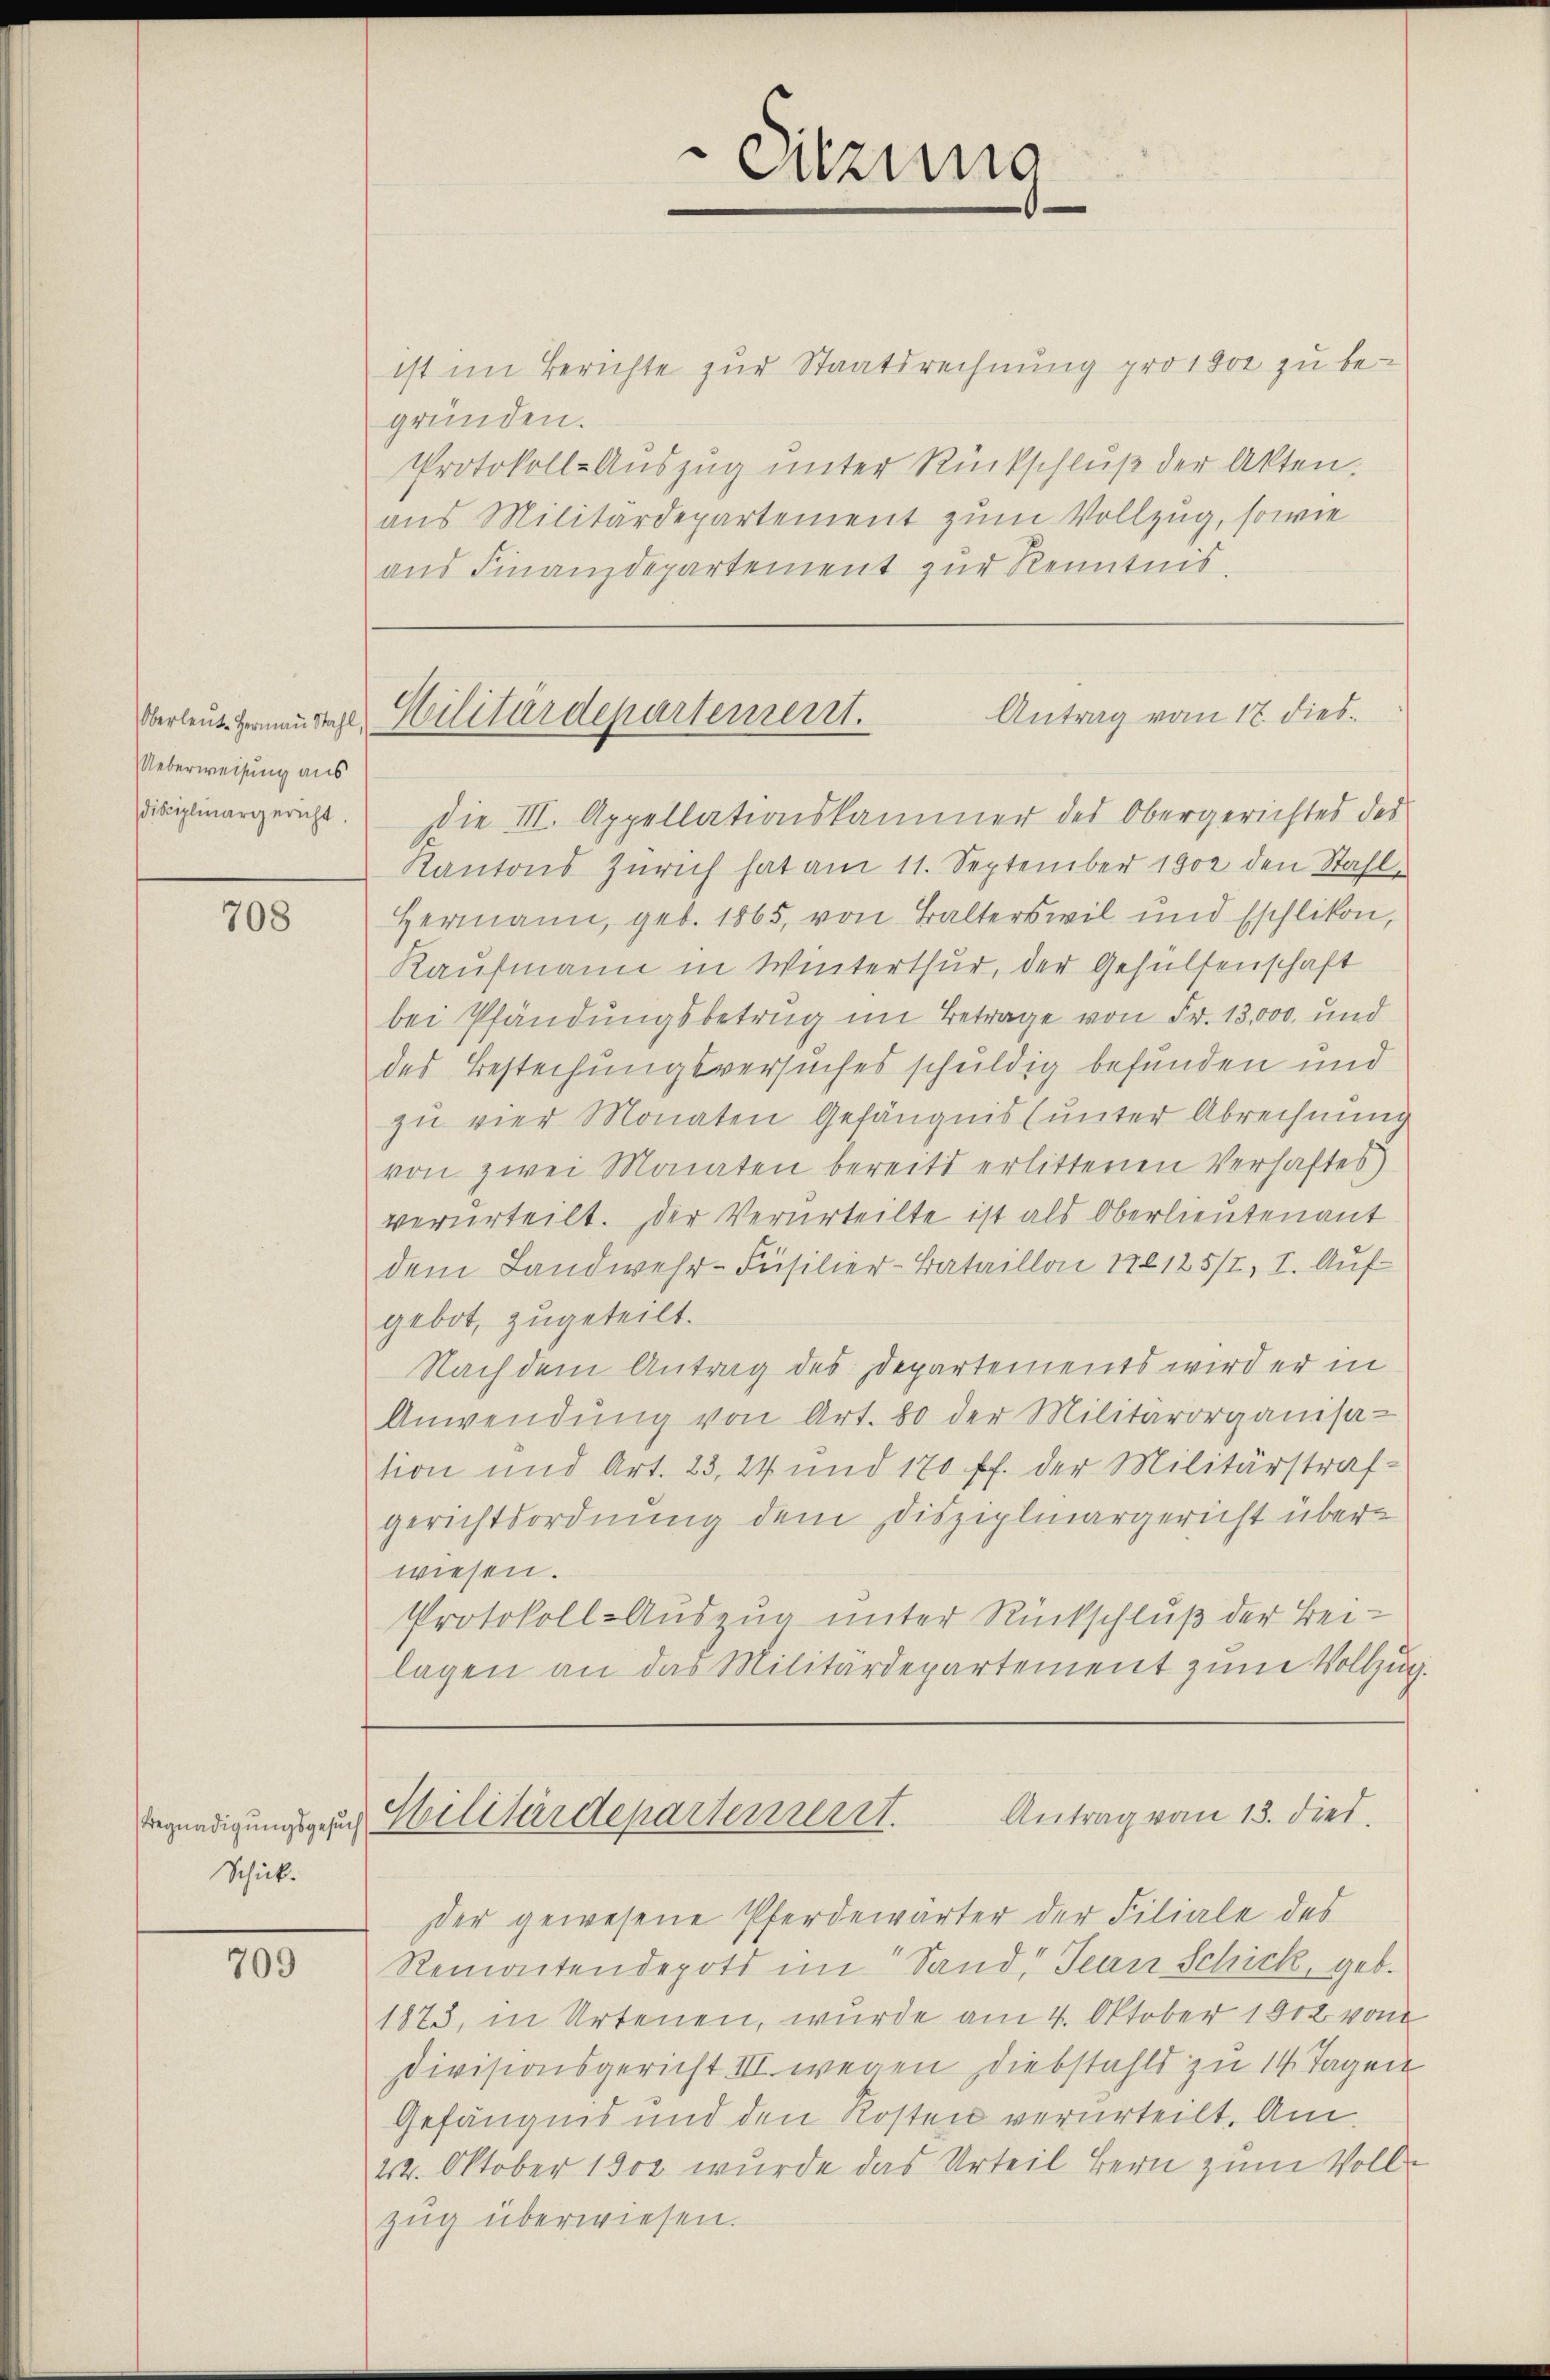
Überleute Hermann Stahl,
Ueberweisung aus
isciplinargericht.

708

Schick.

709

ist im Berichte zur Staatsrechnung prost zu begründen.
Protokoll-Auszug unter Rückschluß der Akten.
aus Militärdepartement zum Vollzug, sowie
ans Finanzdepartement zur Kenntnis.

ie III. Appellationskammer des Obergerichtes des
Kantons Zürich hat am 11. September 1902 den Stahle
Hermann, geb. 1865, von Balterswil und Eschlikon,
Kaufmann in Winterthur, der Gehülfenschaft
bei Pfändungsbetrug im Betrage von Fr. 13,000. und
des Bestechungsversuches schuldig befunden und
zu vier Monaten Gefängnis (unter Abrechnung
von zwei Monaten bereits erlittenen Verhaftes
verurteilt. Der Verurteilte ist als Oberlieutenant
dem Landwehr-Füsilier-Bataillon 178125/I, I. Auf-
gebot, zugeteilt.
Nach dem Antrag des Departements wird er in
Anwendŭng von Art. 80 der Militärorganisa-
tion und Art. 23, 24 und 170 ff. der Militärstraf-
gerichtsordnung dem Disziplinargericht überwiesen.
Protokoll-Auszug unter Rückschluß der Beilagen an das Militärdepartement zum Vollzug.
Antrag von 13. dies
Begnadigungen Militärdepartement.
der gewesene Pferdewärter der Filiale des
Remontendepots im Sand, Jean Schick, geb.
1875, in Artenen, wurde am 4. Oktober 1812 von
Divisionsgericht III wegen Diebstahls zu 14 Tagen
Gefängnis und den Kosten verurteilt. Am
24. Oktober 1803 wurde das Urteil Bern zum Vollzug überwiesen.

Sitzung

Antrag vom 17. dies
Gilitärdepartement.